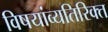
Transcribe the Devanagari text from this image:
विषयांव्यतिरिक्त